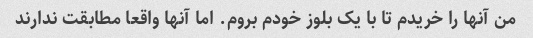
من آنها را خریدم تا با یک بلوز خودم بروم. اما آنها واقعا مطابقت ندارند